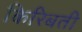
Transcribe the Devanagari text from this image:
किरिबती